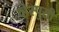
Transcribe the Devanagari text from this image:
व्हेस्पुसी